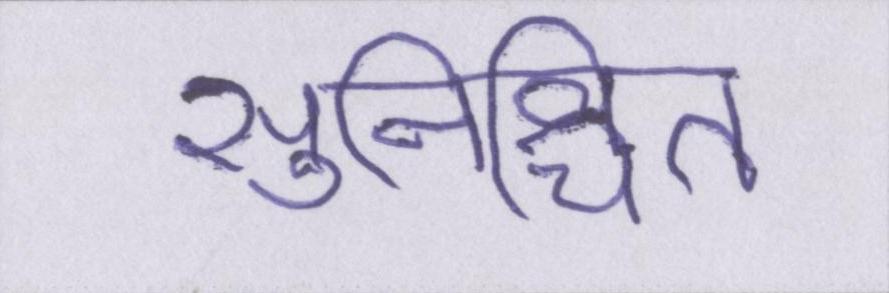
सुनिश्चित